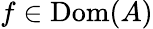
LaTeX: f\in\operatorname{Dom}(A)